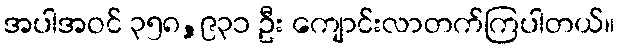
အပါအဝင် ၃၅၈,၉၃၁ ဦး ကျောင်းလာတက်ကြပါတယ်။